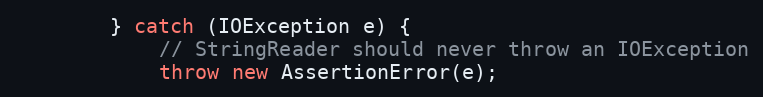
Language: Java
        } catch (IOException e) {
            // StringReader should never throw an IOException
            throw new AssertionError(e);